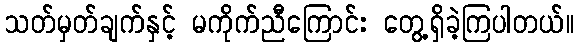
သတ်မှတ်ချက်နှင့် မကိုက်ညီကြောင်း တွေ့ရှိခဲ့ကြပါတယ်။